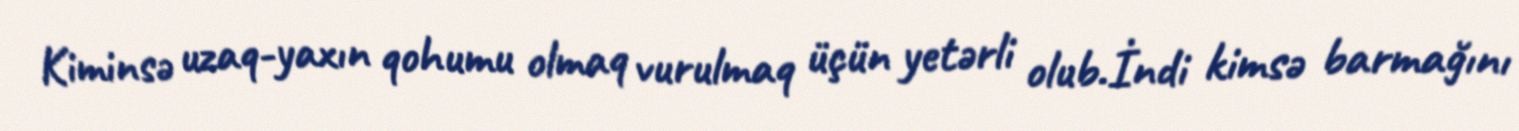
Kiminsə uzaq-yaxın qohumu olmaq vurulmaq üçün yetərli olub.İndi kimsə barmağını